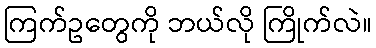
ကြက်ဥတွေကို ဘယ်လို ကြိုက်လဲ။